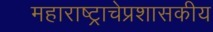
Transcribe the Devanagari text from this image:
महाराष्ट्राचेप्रशासकीय